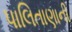
પાલિતાણાની